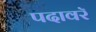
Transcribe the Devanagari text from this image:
पदावरॅ